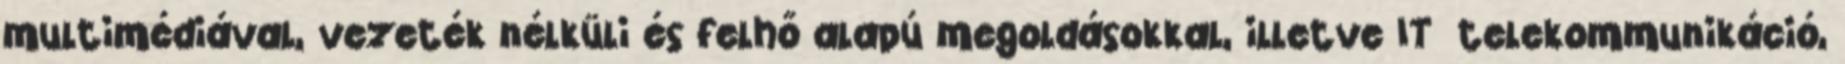
multimédiával, vezeték nélküli és felhő alapú megoldásokkal, illetve IT telekommunikáció,